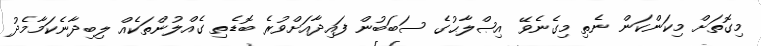
މިގޮތަށް މިކަންކަން ނެތި މިގެނެވޭ އިޞްލާޙުގެ ސަބަބުން ފައިދާއަށްވުރެ ބޮޑެތި ގެއްލުންތަކެއް ލިބިދާނެކަމާމެދު